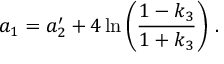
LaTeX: a _ { 1 } = a _ { 2 } ^ { \prime } + 4 \ln \left( \frac { 1 - k _ { 3 } } { 1 + k _ { 3 } } \right) \, .